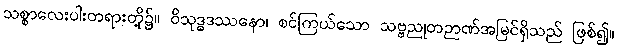
သစ္စာလေးပါးတရားတို့၌။ ဝိသုဒ္ဓဒဿနော၊ စင်ကြယ်သော သဗ္ဗညုတဉာဏ်အမြင်ရှိသည် ဖြစ်၍။